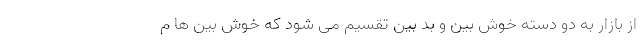
از بازار به دو دسته خوش بین و بد بین تقسیم می شود که خوش بین ها م